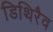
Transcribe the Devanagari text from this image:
डिथिरैव